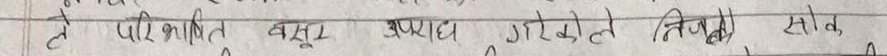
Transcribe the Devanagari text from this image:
ले परिस्थिति वस्तु अपराह गरेको निचोड साथ